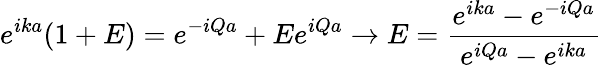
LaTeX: e^{ika}(1+E)=e^{-iQa}+Ee^{iQa}\rightarrow E=\frac{e^{ika}-e^{-iQa}}{e^{iQa}-e^{ika}}